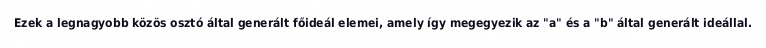
Ezek a legnagyobb közös osztó által generált főideál elemei, amely így megegyezik az "a" és a "b" által generált ideállal.